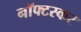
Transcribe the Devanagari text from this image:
नॉफ्टस्कर